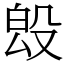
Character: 𣪕